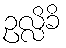
ဥလ္လိခိ